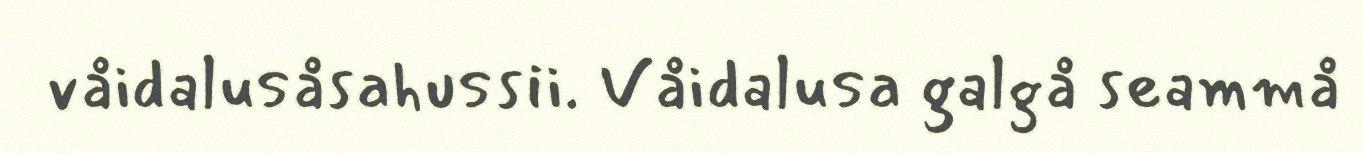
våidalusåsahussii. Våidalusa galgå seammå